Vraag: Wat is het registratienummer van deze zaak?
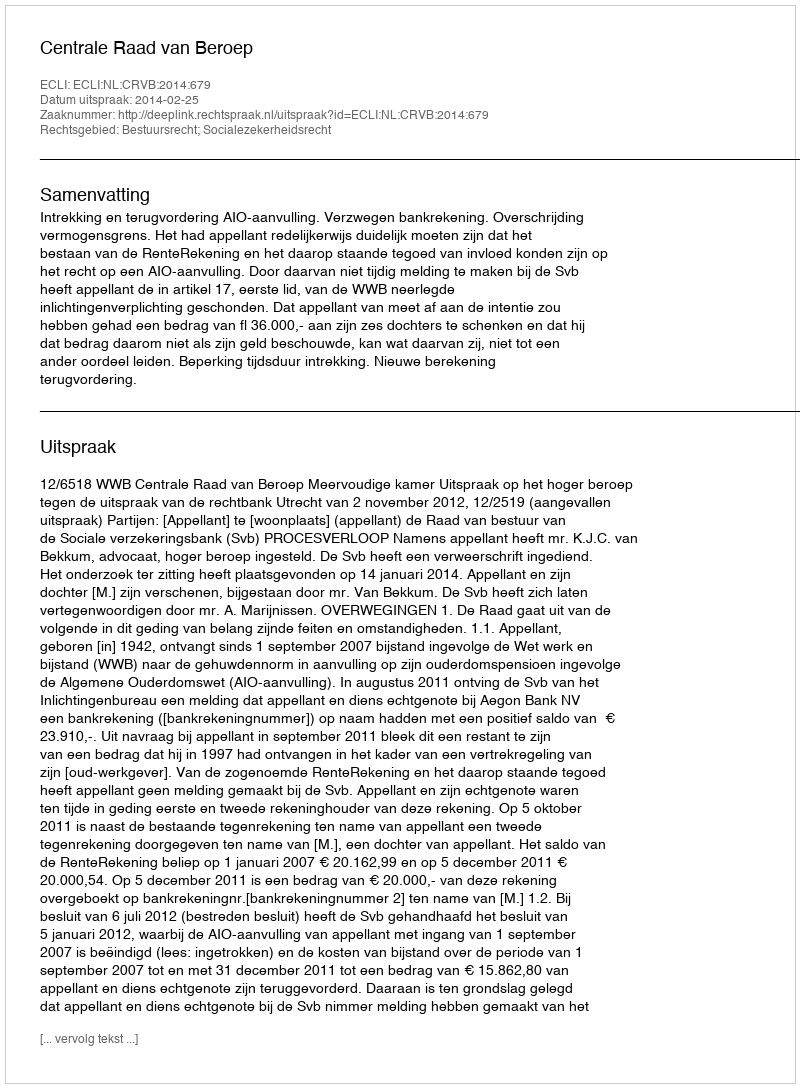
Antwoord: http://deeplink.rechtspraak.nl/uitspraak?id=ECLI:NL:CRVB:2014:679